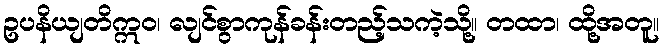
ဥပနိယျတိဣဝ၊ လျင်စွာကုန်ခန်းတည့်သကဲ့သို့။ တထာ၊ ထို့အတူ။